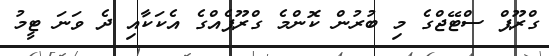
ގްރޫޕް ސްޓޭޖްގެ މި ބުރުން ކޮންމެ ގްރޫޕެއްގެ އެކަކާއި ދެ ވަނަ ޓީމު